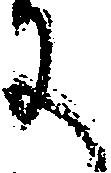
に